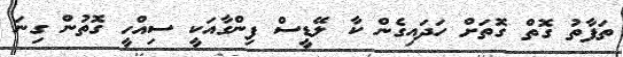
ތަފާތު ގޮތް ގޮތަށް ހަދައިގެން ކާ ލޭޑީސް ފިންގާއަކީ ސިއްހީ ގޮތުން ގިނަ